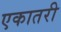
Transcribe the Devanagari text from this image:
एकातरी